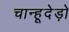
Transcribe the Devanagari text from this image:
चान्हूदेड़ो